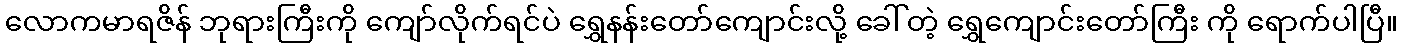
လောကမာရဇိန် ဘုရားကြီးကို ကျော်လိုက်ရင်ပဲ ရွှေနန်းတော်ကျောင်းလို့ ခေါ်တဲ့ ရွှေကျောင်းတော်ကြီး ကို ရောက်ပါပြီ။